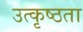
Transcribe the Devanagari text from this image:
उत्कृष्ठता